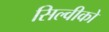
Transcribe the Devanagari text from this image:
सिल्वीको